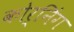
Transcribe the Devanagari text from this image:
कोर्निंग